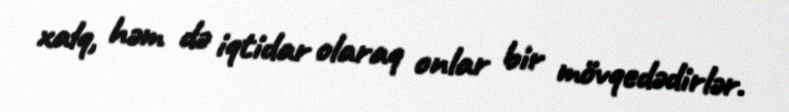
xalq, həm də iqtidar olaraq onlar bir mövqedədirlər.